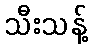
သီးသန့်